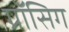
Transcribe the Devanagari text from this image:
ग्रॉसिग